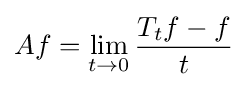
Af=\lim _{t\rightarrow 0}{\frac {T_{t}f-f}{t}}